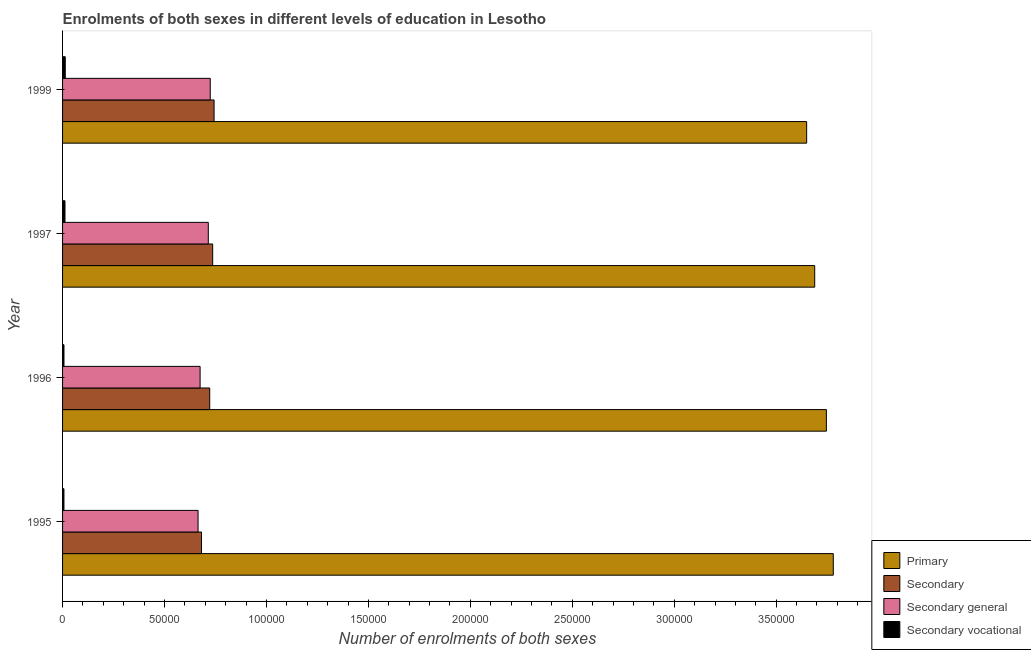
| Year | Primary | Secondary | Secondary general | Secondary vocational |
 | --- | --- | --- | --- | --- |
 | 1995 | 3.78e+05 | 6.81e+04 | 6.65e+04 | 678 |
 | 1996 | 3.75e+05 | 7.22e+04 | 6.75e+04 | 695 |
 | 1997 | 3.69e+05 | 7.36e+04 | 7.15e+04 | 1.18e+03 |
 | 1999 | 3.65e+05 | 7.43e+04 | 7.24e+04 | 1.32e+03 |